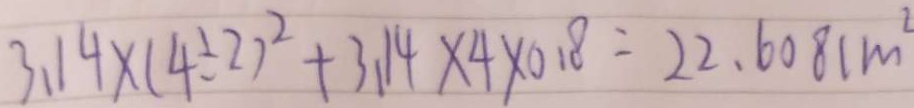
3 . 1 4 \times ( 4 \div 2 ) ^ { 2 } + 3 . 1 4 \times 4 \times 0 . 1 8 = 2 2 . 6 0 8 c m ^ { 2 }